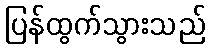
ပြန်ထွက်သွားသည်